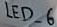
Text: LED_6